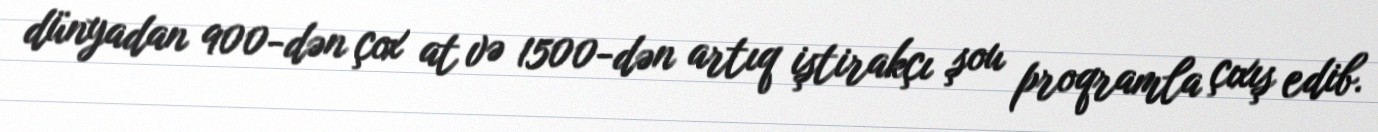
dünyadan 900-dən çox at və 1500-dən artıq iştirakçı şou proqramla çıxış edib.